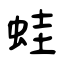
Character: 蛙